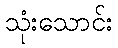
သုံးသောင်း